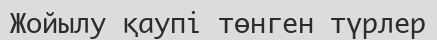
Жойылу қаупі төнген түрлер